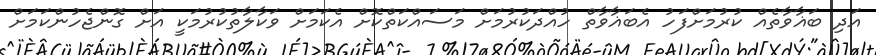
އަދި ބަޣާވާތެއް ކުރުމަށްފަހު އެބަޣާވާތް ހުއްދަކުރުމަށް މަސައްކަތްކޮށް އެކަމަށް ވަކާލާތުކުރުމަކީ އަށް ގޮންޖެހުންކަމަށް